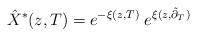
LaTeX: \begin{align*}\hat X^{\ast}(z,T) = e^{-\xi(z,T)} \; e^{\xi(z,\tilde \partial_{T})}\end{align*}